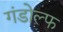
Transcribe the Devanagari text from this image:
गंडोल्फ